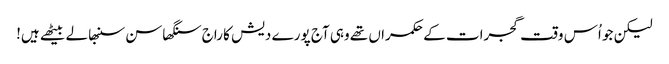
لیکن جو اُس وقت گجرات کے حکمراں تھے وہی آج پورے دیش کا راج سنگھاسن سنبھالے بیٹھے ہیں!